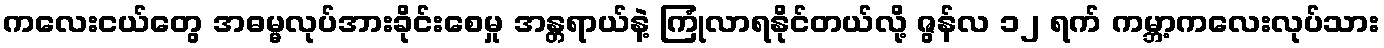
ကလေးငယ်တွေ အဓမ္မလုပ်အားခိုင်းစေမှု အန္တရာယ်နဲ့ ကြုံလာရနိုင်တယ်လို့ ဇွန်လ ၁၂ ရက် ကမ္ဘာ့ကလေးလုပ်သား